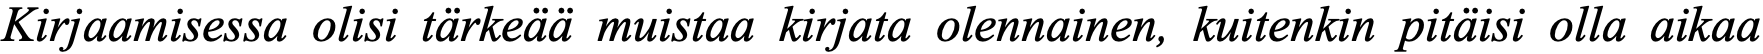
Kirjaamisessa olisi tärkeää muistaa kirjata olennainen, kuitenkin pitäisi olla aikaa